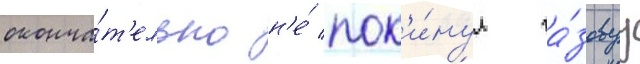
оконча́т'ельно н'е́ пок'и́нул га́зовуу